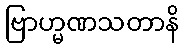
ဗြာဟ္မဏသတာနိ